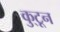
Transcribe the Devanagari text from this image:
कु्टून